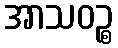
အာသဝဉ္စ